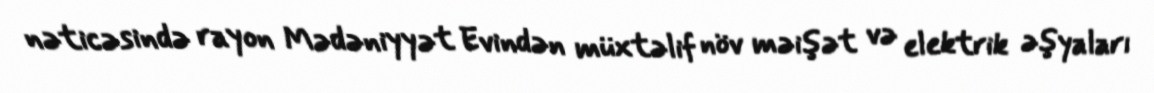
nəticəsində rayon Mədəniyyət Evindən müxtəlif növ məişət və elektrik əşyaları